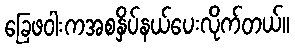
ခြေဖဝါးကအစနှိပ်နယ်ပေးလိုက်တယ်။